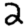
Digit: 2